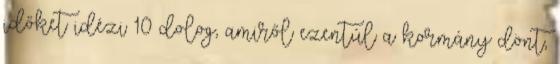
időket idézi 10 dolog, amiről ezentúl a kormány dönt,